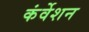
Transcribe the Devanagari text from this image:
कंर्वेशन